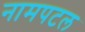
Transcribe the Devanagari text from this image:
नामपटल